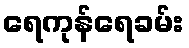
ရေကုန်ရေခမ်း